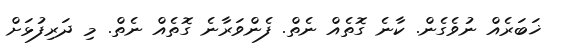
ޚަބަރެއް ނުވެގެން. ކާނެ ގޮތެއް ނެތް. ފެންވަރާނެ ގޮތެއް ނެތް. މި ދަރިފުޅަށް